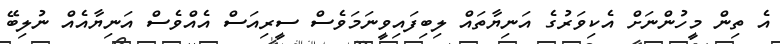
އެ ތިން މީހުންނަށް އެކިވަރުގެ އަނިޔާތައް ލިބިފައިވީނަމަވެސް ސީރިއަސް އެއްވެސް އަނިޔާއެއް ނުލިބޭ